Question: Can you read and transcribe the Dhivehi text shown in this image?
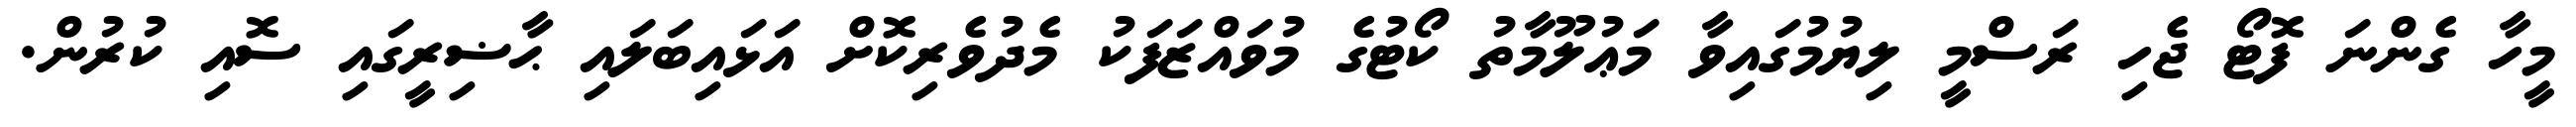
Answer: މީހާ ގެންނަ ފޮޓޯ ޖެހި ރަސްމީ ލިޔުމުގައިވާ މަޢުލޫމާތު ކޯޓުގެ މުވައްޒަފަކު މެދުވެރިކޮށް އަޅައިބަލައި ޙާޟިރީގައި ސޮއި ކުރުން.